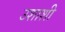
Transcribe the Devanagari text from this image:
उशाशी